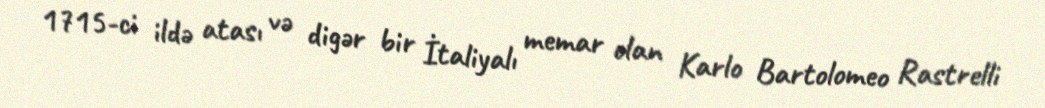
1715-ci ildə atası və digər bir İtaliyalı memar olan Karlo Bartolomeo Rastrelli